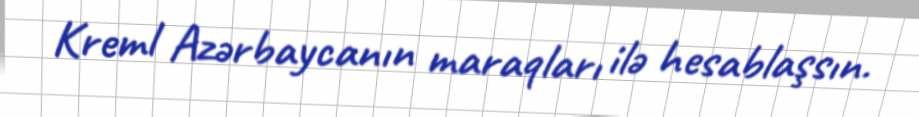
Kreml Azərbaycanın maraqları ilə hesablaşsın.